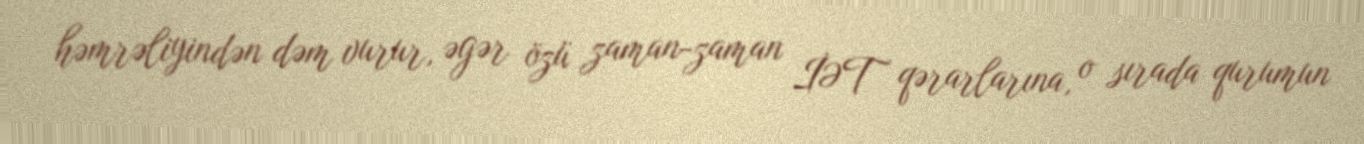
həmrəliyindən dəm vurur, əgər özü zaman-zaman İƏT qərarlarına, o sırada qurumun